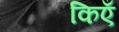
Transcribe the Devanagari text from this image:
किएँ